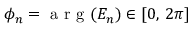
\phi _ { n } = \mathrm { ~ a ~ r ~ g ~ } ( E _ { n } ) \in [ 0 , \, 2 \pi ]